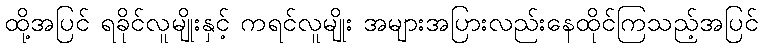
ထို့အပြင် ရခိုင်လူမျိုးနှင့် ကရင်လူမျိုး အများအပြားလည်းနေထိုင်ကြသည့်အပြင်